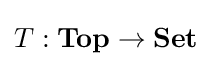
T:\mathbf {Top} \to \mathbf {Set}